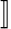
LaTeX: ]\! ]